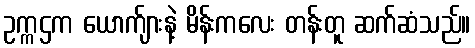
ဥက္ကဌက ယောက်ျားနဲ့ မိန်းကလေး တန်းတူ ဆက်ဆံသည်။